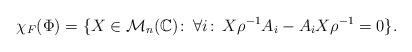
LaTeX: \begin{align*}\chi_F(\Phi) = \lbrace X \in \mathcal{M}_n(\mathbb{C}) \colon \, \forall i \colon \, X \rho^{-1} A_i - A_i X \rho^{-1} = 0 \rbrace.\end{align*}